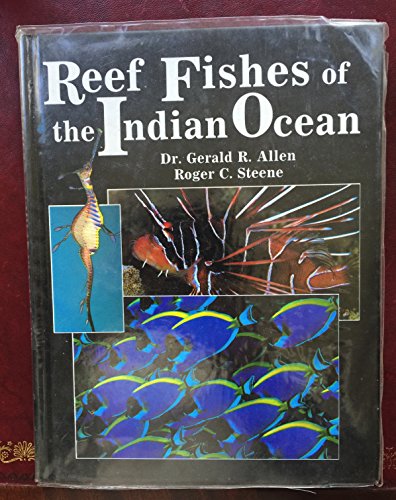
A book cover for Reef Fishes of the Indian Ocean: A Pictorial Guide to the Common Reef Fishes of the Indian Ocean (Pacific Marine Fishes); Gerald R. Allen; Sports & Outdoors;